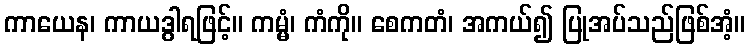
ကာယေန၊ ကာယဒွါရဖြင့်။ ကမ္မံ၊ ကံကို။ စေကတံ၊ အကယ်၍ ပြုအပ်သည်ဖြစ်အံ့။